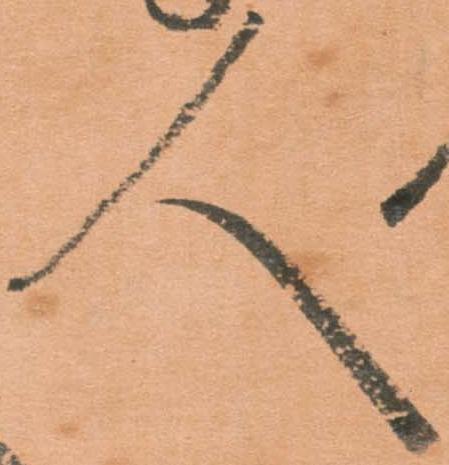
人